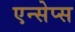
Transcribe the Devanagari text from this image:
एन्सेप्स